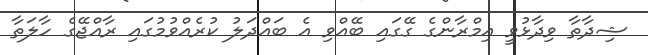
ޝިދާތާ ވިދާޅުވީ އިމްރާންގެ ގޭގައި ބޭއްވި އެ ބައްދަލު ކުރެއްވުމުގައި ރާއްޖޭގެ ހާލަތާ